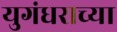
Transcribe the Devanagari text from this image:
युगंधराच्या